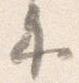
示